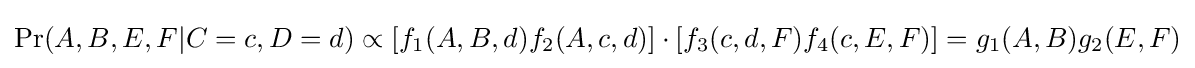
\Pr(A,B,E,F|C=c,D=d)\propto [f_{1}(A,B,d)f_{2}(A,c,d)]\cdot [f_{3}(c,d,F)f_{4}(c,E,F)]=g_{1}(A,B)g_{2}(E,F)